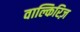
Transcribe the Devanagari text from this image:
वाल्किरिज़